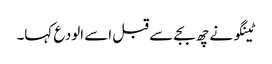
ٹینگو نے چھ بجے سے قبل اسے الودع کہا۔